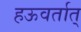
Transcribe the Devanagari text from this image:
हऊवर्तात्